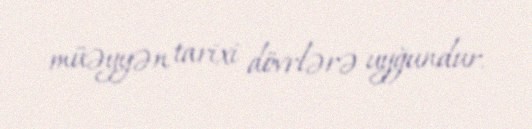
müəyyən tarixi dövrlərə uyğundur.